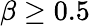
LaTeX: \beta\geq 0.5